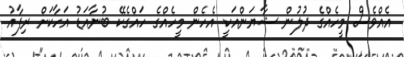
އެއްވެސް މީހެއްގެ ދުލުން ޝާޔަންއަކީ އެހެން މީހެއްގެ ހައްގެކޭ ބުނާއަޑު އަހާކަށް ރިފާއު